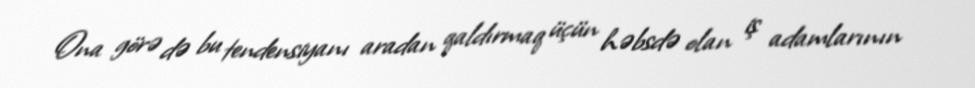
Ona görə də bu tendensiyanı aradan qaldırmaq üçün həbsdə olan iş adamlarının